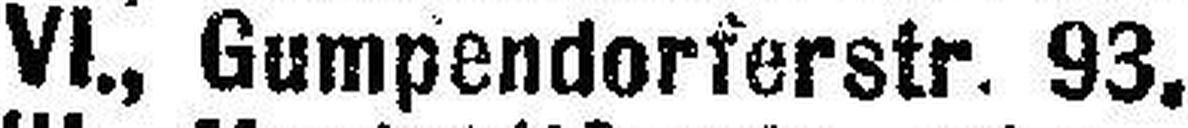
VI., Gumpendorferstr. 93.